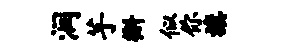
润芋槲似你旗